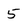
Character: 5